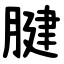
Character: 腱